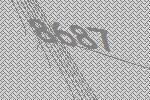
8687